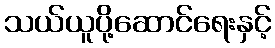
သယ်ယူပို့ဆောင်ရေးနှင့်